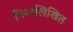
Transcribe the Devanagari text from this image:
निम्नलिखित